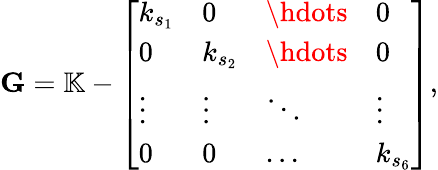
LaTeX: \mathbf{G}=\mathbb{K}-\left[\begin{array}{llll}{k_{s_{1}}}&{0}&{\hdots}&{0}\\ {0}&{k_{s_{2}}}&{\hdots}&{0}\\ {\vdots}&{\vdots}&{\ddots}&{\vdots}\\ {0}&{0}&{...}&{k_{s_{6}}}\end{array}\right],